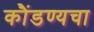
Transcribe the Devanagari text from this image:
कौंडण्यचा